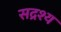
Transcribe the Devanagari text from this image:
सद्रश्य